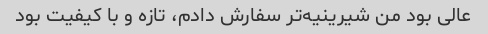
عالی بود من شیرینیه‌تر سفارش دادم، تازه و با کیفیت بود